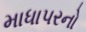
માધાપરનો